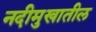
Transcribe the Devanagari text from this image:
नदीमुखातील